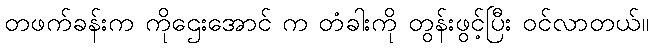
တဖက်ခန်းက ကိုဌေးအောင် က တံခါးကို တွန်းဖွင့်ပြီး ဝင်လာတယ်။